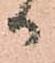
御